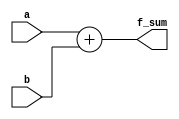
module full_adder_behave (f_sum,a,b);
	
	output reg [31:0] f_sum;
	input [31:0] a,b;
		
	always @ (*)
		f_sum = a + b ;
endmodule